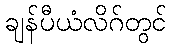
ချန်ပီယံလိဂ်တွင်